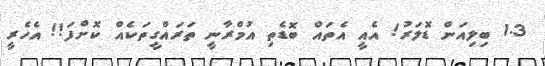
1.3 ބިލިއަން ޑޮލަރު! އެއީ އެތައް ބޮޑެތި އުމްރާނީ ތަރައްގީތަކެއް ކޮށްފަ!! އެހެރީ